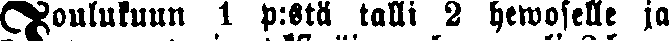
Joulukuun 1 p:stä talli 2 hewoselle ja